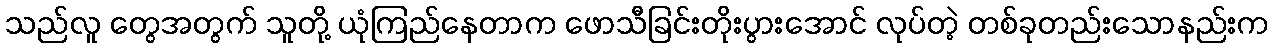
သည်လူ တွေအတွက် သူတို့ ယုံကြည်နေတာက ဖောသီခြင်းတိုးပွားအောင် လုပ်တဲ့ တစ်ခုတည်းသောနည်းက